Medical and sanitary report of the native army of Bengal for the year
Year: 1875
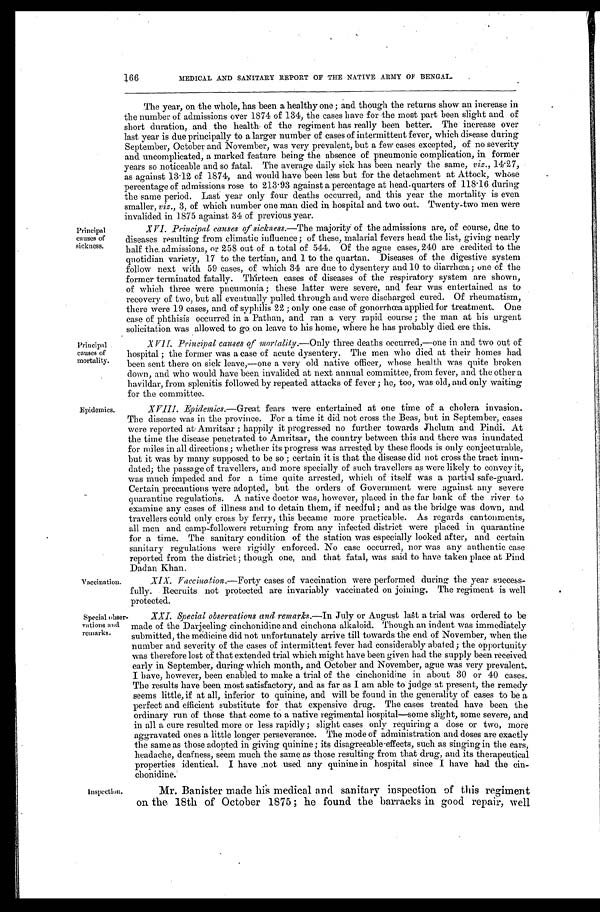
166
MEDICAL AND SANITARY REPORT OF THE NATIVE ARMY OF BENGAL.
The year, on the whole, has been a healthy one; and though the returns show an increase in
the number of admissions over 1874 of 134, the cases have for the most part been slight and of
s h o r t d u r a t i o n , a n d t h e h e a l t h o f t h e r e g i m e n t h a s r e a l l y b e e n b e t t e r . T h e i n c r e a s e o v e r
last year is due principally to a larger number of cases of intermittent fever, which disease during
September, October and November, was very prevalent, but a few cases excepted, of no severity
and uncomplicated, a marked feature being the absence of pneumonic complication, in former
y e a r s s o n o t i c e a b l e a n d s o f a t a l . T h e a v e r a g e d a i l y s i c k h a s b e e n n e a r l y t h e s a m e , v i z . ,
1 4 . 2 7 ,
as against 13.12 of 1874, and would have been less but for the detachment at Attock, whose
percentage of admissions rose to 213.93 against a percentage at head-quarters of 118.16 during
t h e s a m e p e r i o d . L a s t y e a r o n l y f o u r d e a t h s o c c u r r e d , a n d t h i s y e a r t h e m o r t a l i t y i s e v e n
smaller, viz., 3, of which number one man died in hospital and two out. Twenty-two men were
i n v a l i d e d i n 1 8 7 5 a g a i n s t 3 4 o f p r e v i o u s y e a r .
Principal
causes of
sickness.
XVI. Principal causes of sickness.—The majority of the admissions are, of course, due to
diseases resulting from climatic influence; of these, malarial fevers head the list, giving nearly
half the admissions, or 258 out of a total of 544. Of the ague cases, 240 are credited to the
quotidian variety, 17 to the tertian, and 1 to the quartan. Diseases of the digestive system
follow next with 59 cases, of which 34 are due to dysentery and 10 to diarrhœa; one of the
f or mer t er mi nat ed f at al l y. Thi r t een cas es of di s eas es of t he r es pi r at or y s ys t em ar e s hown,
of which three were pneumonia; these latter were severe, and fear was entertained as to
recovery of two, but all eventually pulled through and were discharged cured. Of rheumatism,
there were 19 cases, and of syphilis 22; only one case of gonorrhœa applied for treatment. One
case of phthisis occurred in a Pathan, and ran a very rapid course; the man at his urgent
solicitation was allowed to go on leave to his home, where he has probably died ere this.
Principal
causes of
mortality.
XVI I . P r i n c i p a l c a u s e s o f mo r t a l i t y . — O n l y t h r e e d e a t h s o c c u r r e d , — o n e i n a n d t w o o u t o f
hospital; the former was a case of acute dysentery. The men who died at their homes had
been sent there on sick leave,—one a very old native officer, whose health was quite broken
down, and who would have been invalided at next annual committee, from fever, and the other a
havildar, from splenitis followed by repeated attacks of fever; he, too, was old, and only waiting
for the committee.
Epidemics.
XVIII. Epi demi cs— G r e a t f e a r s w e r e e n t e r t a i n e d a t o n e t i m e o f a c h o l e r a i n v a s i o n .
The di sease was i n t he provi nce. For a t i me i t di d not cross t he Beas, but i n Sept ember, cases
were reported at Amritsar; happily it progressed no further towards Jhelum and Pindi. At
the time the disease penetrated to Amritsar, the country between this and there was inundated
for miles in all directions; whether its progress was arrested by these floods is only conjecturable,
but it was by many supposed to be so; certain it is that the disease did not cross the tract inun
-dated; the passage of travellers, and more specially of such travellers as were likely to convey it,
was much impeded and for a time quite arrested, which of itself was a partial safe-guard.
Certain precautions were adopted, but the orders of Government were against any severe
quarantine regulations. A native doctor was, however, placed in the far bank of the river to
examine any cases of illness and to detain them, if needful; and as the bridge was down, and
travellers could only cross by ferry, this became more practicable. As regards cantonments,
all men and camp-followers returning from any infected district were placed in quarantine
f o r a t i m e . T h e s a n i t a r y c o n d i t i o n o f t h e s t a t i o n w a s e s p e c i a l l y l o o k e d a f t e r , a n d c e r t a i n
sanitary regulations were rigidly enforced. No case occurred, nor was any authentic case
reported from the district; though one, and that fatal, was said to have taken place at Pind
Dadan Khan.
Vaccination.
XI X. Va c c i n a t i o n . —Forty cases of vaccination were performed during the year success
- f u l l y . R e c r u i t s n o t p r o t e c t e d a r e i n v a r i a b l y v a c c i n a t e d o n j o i n i n g . T h e r e g i m e n t i s w e l l
p r o t e c t e d .
Special obse
r - v a t i o n s a n d
remarks.
X X I . S p e c i a l o b s e r v a t i o n s a n d r e m a r k s . — I n J u l y o r A u g u s t l a s t a t r i a l w a s o r d e r e d t o b e
made of the Darjeeling cinchonidine and cinchona alkaloid. Though an indent was immediately
submitted, the medicine did not unfortunately arrive till towards the end of November, when the
number and severity of the cases of intermittent fever had considerably abated; the opportunity
was therefore lost of that extended trial which might have been given had the supply been received
early in September, during which month, and October and November, ague was very prevalent.
I have, however, been enabled to make a trial of the cinchonidine in about 30 or 40 cases.
The results have been most satisfactory, and as far as I am able to judge at present, the remedy
seems little, if at all, inferior to quinine, and will be found in the generality of cases to be a
perfect and efficient substitute for that expensive drug. The cases treated have been the
ordinary run of those that come to a native regimental hospital—some slight, some severe, and
in all a cure resulted more or less rapidly; slight cases only requiring a dose or two, more
aggravated ones a little longer perseverance. The mode of administration and doses are exactly
the same as those adopted in giving quinine; its disagreeable effects, such as singing in the ears,
headache, deafness, seem much the same as those resulting from that drug, and its therapeutical
properties identical. I have not used any quinine in hospital since I have had the c
i n - c h o n i d i n e .
Inspection.
Mr. Banister made his medical and sanitary inspection of this regiment
on the 18th of October 1875; he found the barracks in good repair, well